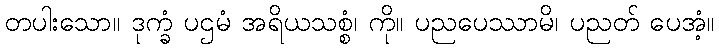
တပါးသော။ ဒုက္ခံ ပဌမံ အရိယသစ္စံ၊ ကို။ ပညပေဿာမိ၊ ပညတ် ပေအံ့။